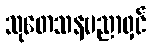
သုတေသနပညာရှင်